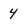
Character: 4